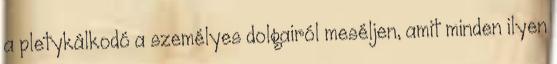
a pletykálkodó a személyes dolgairól meséljen, amit minden ilyen